Papers set at the Examination for Leaving Certificates, 1892
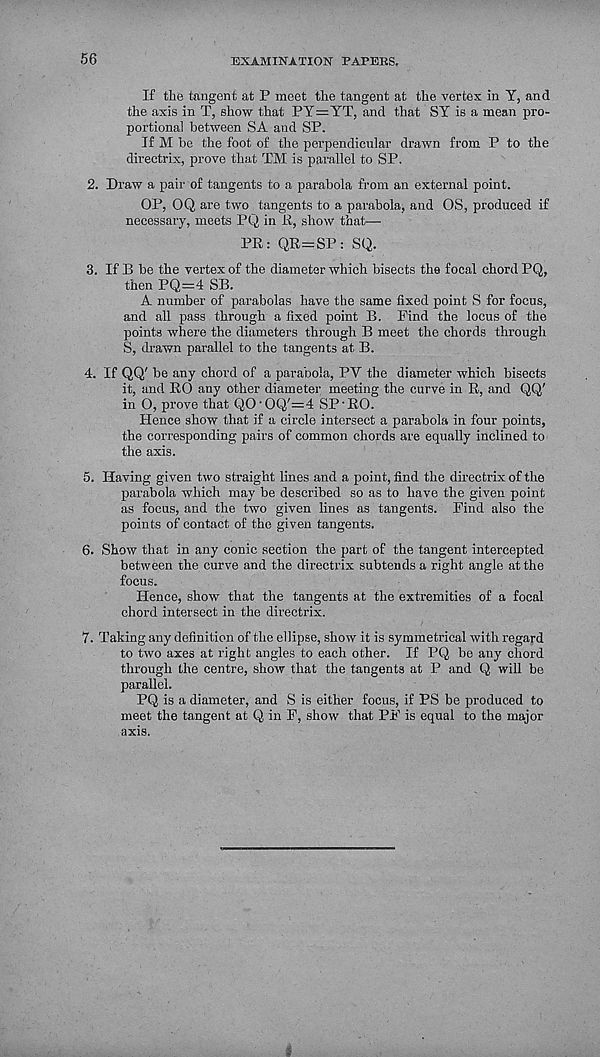
56
EXAMINATION PAPEBS.
If the tangent at P meet the tangent at the vertex in Y, and
the axis in T, show that PY=YT, and that SY is a mean pro-
portional between SA and SP.
If M be the foot of the perpendicular drawn from P to the
directrix, prove that TM is parallel to SP.
2. Draw a pair of tangents to a parabola from an external point.
OP, OQ are two tangents to a parabola, and OS, produced if
necessary, meets PQ in E, show that—
PR: QR=SP: SQ.
3. If 1j be the vertex of the diameter which bisects the focal chord PQ,
then PQ=4 SB.
A number of parabolas have the same fixed point S for focus,
and all pass through a fixed point B. Find the locus of the
points where the diameters through B meet the chords through
S, drawn parallel to the tangents at B.
4. If QQ' be any chord of a parabola, PV the diameter which bisects
it, and RO any other diameter meeting the curve in R, and QQ'
in O, prove that QO'OQ'=4 SP'RO.
Hence show that if a circle intersect a parabola in four points,
the corresponding pairs of common chords are equally inclined to
the axis.
5. Having given two straight lines and a point, find the directrix of the
parabola which may be described so as to have the given point
as focus, and the two given lines as tangents. Find also the
points of contact of the given tangents.
6. Show that in any conic section the part of the tangent intercepted
between the curve and the directrix subtends a right angle at the
focus.
Hence, show that the tangents at the extremities of a focal
chord intersect in the directrix.
7. Taking any definition of the ellipse, show it is symmetrical with regard
to two axes at right angles to each other. If PQ be any chord
through the centre, show that the tangents at P and Q will be
parallel.
PQ is a diameter, and S is either focus, if PS be produced to
meet the tangent at Q in F, show that PF is equal to the major
axis.
i